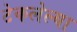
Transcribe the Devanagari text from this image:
टेकलेल्या